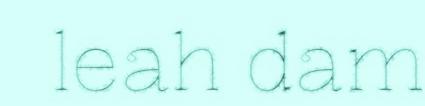
leah dam